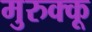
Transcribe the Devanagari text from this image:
मुरुक्कू